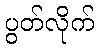
ပွတ်လိုက်